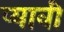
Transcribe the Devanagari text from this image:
प्यावी